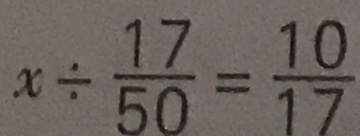
\times \div \frac { 1 7 } { 5 0 } = \frac { 1 0 } { 1 7 }